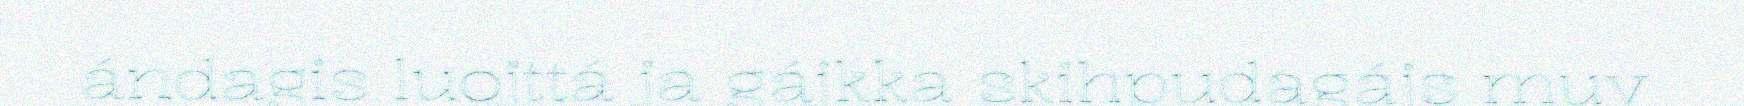
ándagis luojttá ja gájkka skihpudagájs muv